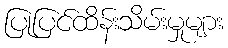
ပြုပြင်ထိန်းသိမ်းမှုများ